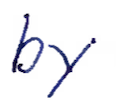
Text: by
Cross-out: clean
Writing tool: ballpoint